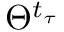
\Theta ^ { t _ { \tau } }